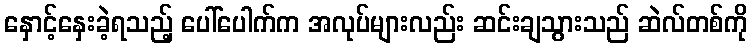
နှောင့်နှေးခဲ့ရသည့် ပေါ်ပေါက်က အလုပ်များလည်း ဆင်းချသွားသည် ဆဲလ်တစ်ကို